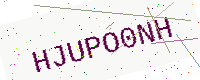
Text: HJUPO0NH